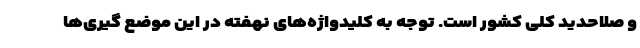
و صلاحدید کلی کشور است. توجه به کلیدواژه‌های نهفته در این موضع گیری‌ها